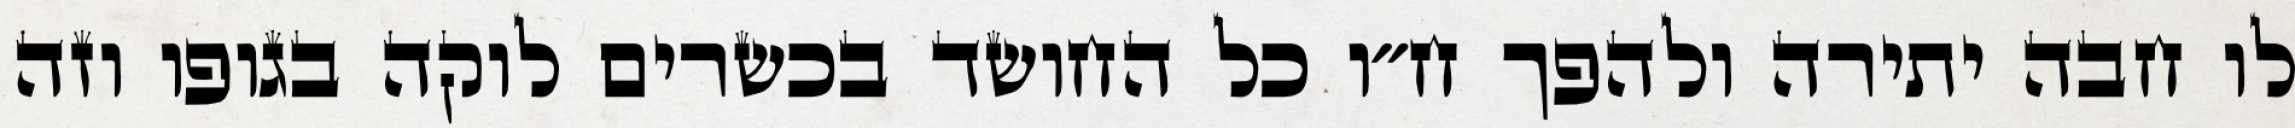
לו חבה יתירה ולהפך ח״ו כל החושד בכשרים לוקה בגופו וזה